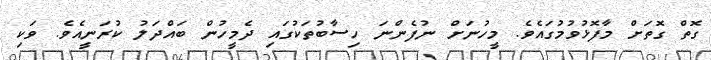
ގޮތް ގޮތަށް މާފޮޅުވުމުގައެވެ. މީހުނަށް ނުފެންނަ ހިސާބުތަކުގައި ދެމީހުން ބައްދަލު ކުރަނީއެވެ. ވަކި